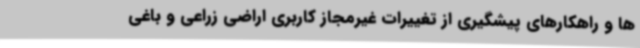
ها و راهکارهای پیشگیری از تغییرات غیرمجاز کاربری اراضی زراعی و باغی